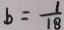
b = \frac { 1 } { 1 8 }